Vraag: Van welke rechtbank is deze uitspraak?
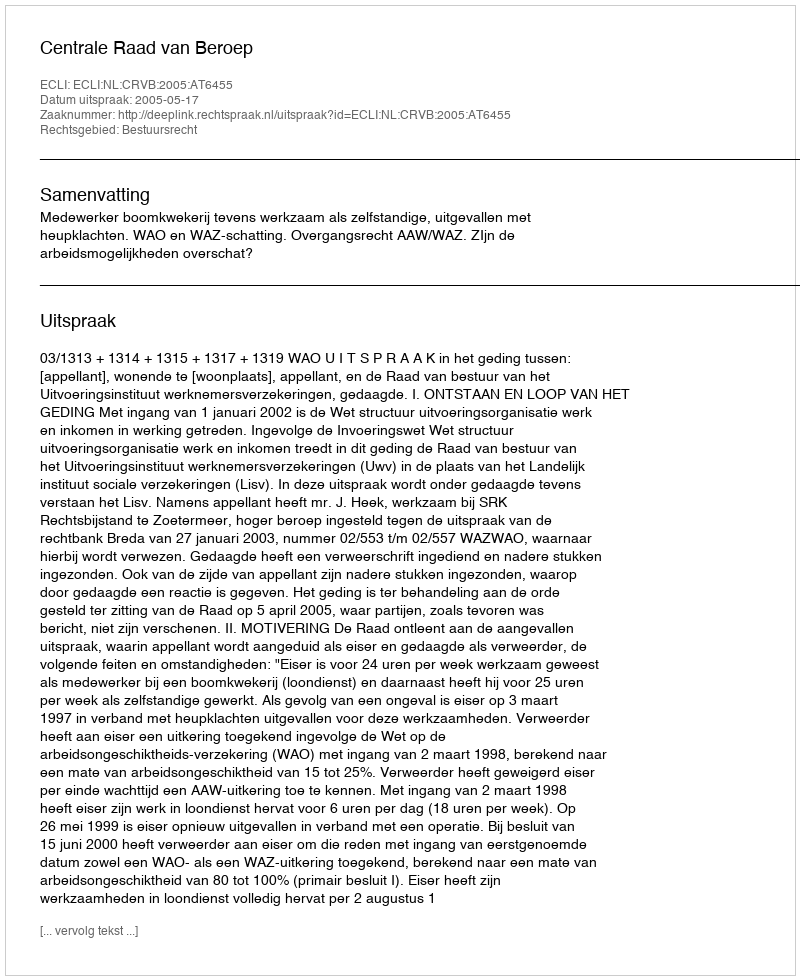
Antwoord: Centrale Raad van Beroep